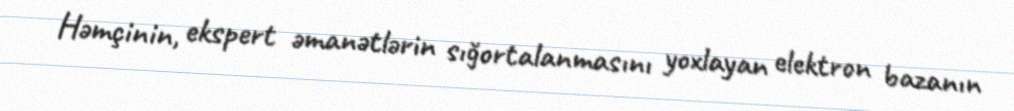
Həmçinin, ekspert əmanətlərin sığortalanmasını yoxlayan elektron bazanın